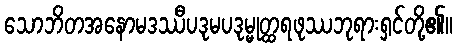
သောဘိတအနောမဒဿီပဒုမပဒုမ္မုတ္ထရဖုဿဘုရားရှင်တို့၏။